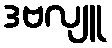
ဒဗလျူ